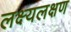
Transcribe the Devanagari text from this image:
लक्ष्यलक्षण